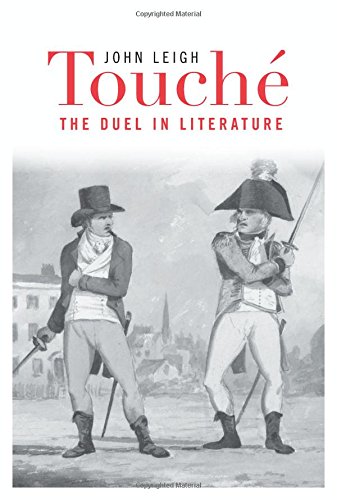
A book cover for TouchÃ©: The Duel in Literature; John Leigh; Literature & Fiction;